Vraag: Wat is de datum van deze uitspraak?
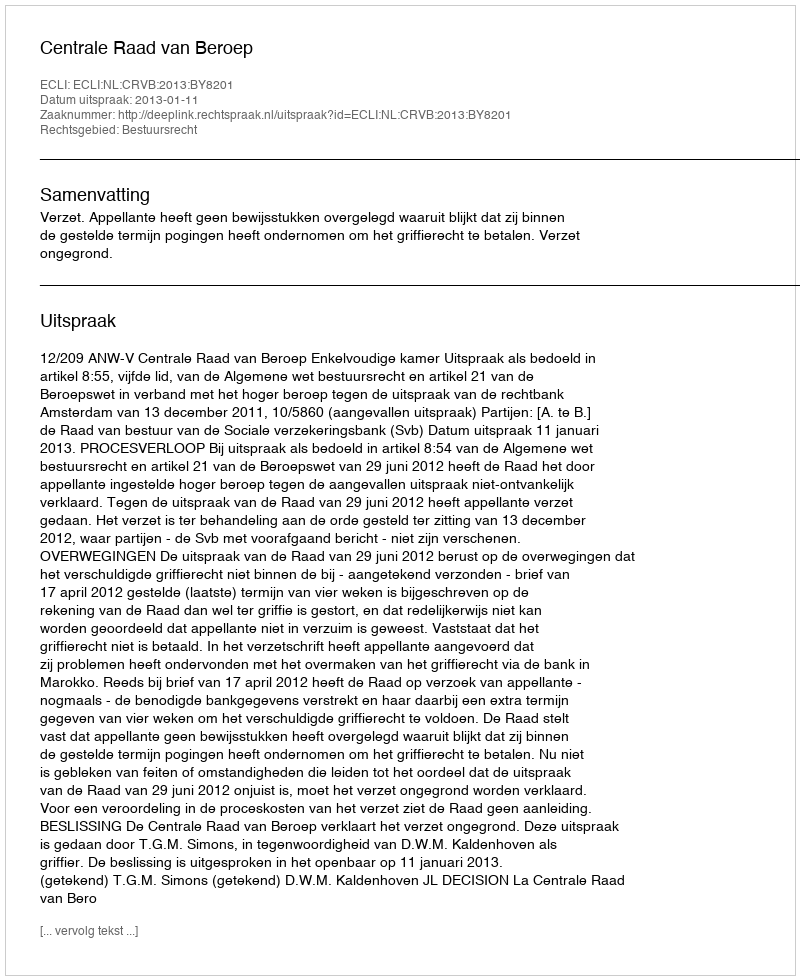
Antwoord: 2013-01-11